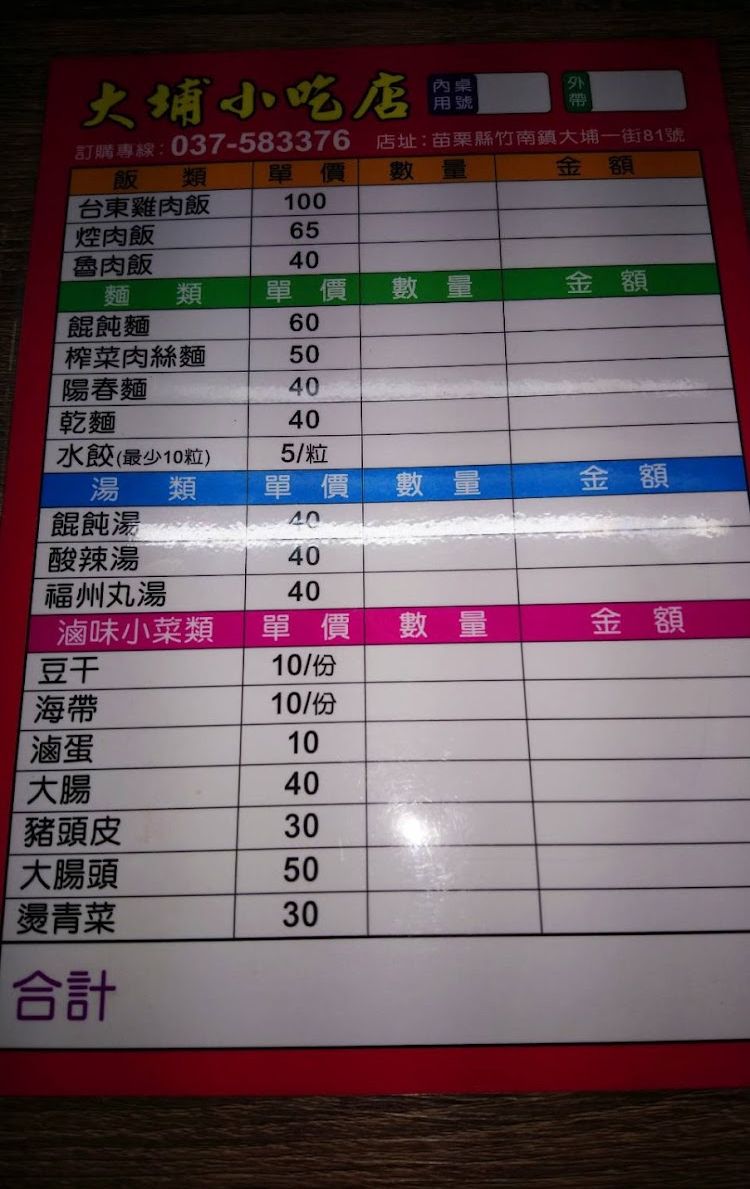
餐廳：大埔小吃店
地址：苗栗縣竹南鎮大埔一街81號
電話：037-583376
菜單：
name: 台東雞肉飯
price: 100
name: 焢肉飯
price: 65
name: 魯肉飯
price: 40
name: 餛飩麵
price: 60
name: 榨菜肉絲麵
price: 50
name: 陽春麵
price: 40
name: 乾麵
price: 40
name: 水餃(最少10粒)
price: 5
name: 餛飩湯
price: 40
name: 酸辣湯
price: 40
name: 福州丸湯
price: 40
name: 豆干
price: 10
name: 海帶
price: 10
name: 滷蛋
price: 10
name: 大腸
price: 40
name: 豬頭皮
price: 30
name: 大腸頭
price: 50
name: 燙青菜
price: 30